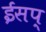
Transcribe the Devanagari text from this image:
ईसप्